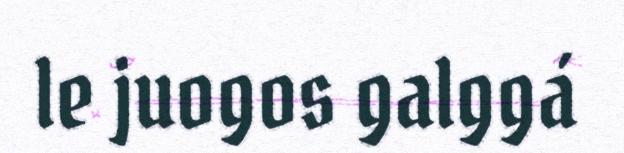
le juogos galggá